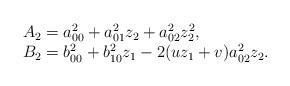
LaTeX: \begin{align*}\begin{array}{l}A_2= a_{00}^2 + a_{01}^2z_2 + a_{02}^2z_2^2, \\B_2= b_{00}^2 + b_{10}^2z_1 - 2(uz_1+v)a_{02}^2z_2.\end{array}\end{align*}